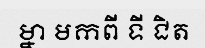
ម្នា មកពី ទី ជិត